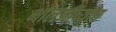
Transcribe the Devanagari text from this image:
भालजींच्याच